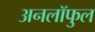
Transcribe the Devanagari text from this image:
अनलॉफुल